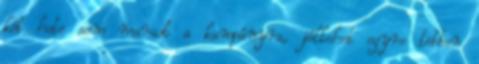
két hete sem maradt a kampányra, jóllehet egyre többen